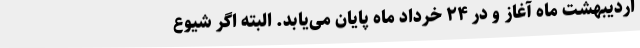
اردیبهشت ماه آغاز و در ۲۴ خرداد ماه پایان می‌یابد. البته اگر شیوع